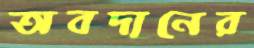
অবদানের